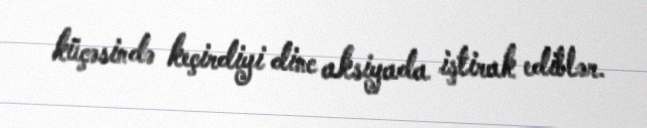
küçəsində keçirdiyi dinc aksiyada iştirak ediblər.